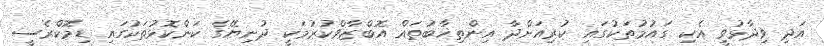
އަދި ވިދާޅުވީ އެކި ގައުމުތަކުގައި ކުރިއަށްދާ އިންތިޚާބުތައް އޮބްޒާވްކުރުމަކީ ދުނިޔޭގެ ކަންކޮޅުތަކުގައި ޑިމޮކްރެސީ